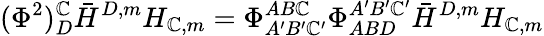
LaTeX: (\Phi^{2})_{D}^{\mathbb{C}}\bar{{H}}^{D,m}H_{\mathbb{C},m}=\Phi_{A^{\prime}B^{\prime}\mathbb{C}^{\prime}}^{AB\mathbb{C}}\Phi_{ABD}^{A^{\prime}B^{\prime}\mathbb{C}^{\prime}}\bar{{H}}^{D,m}H_{\mathbb{C},m}